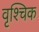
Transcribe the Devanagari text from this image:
वृश्‍चिक